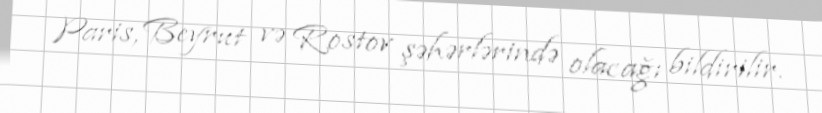
Paris, Beyrut və Rostov şəhərlərində olacağı bildirilir.